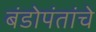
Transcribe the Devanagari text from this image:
बंडोपंतांचे